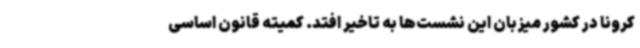
کرونا در کشور میزبان این نشست‌ها به تاخیر افتد. کمیته قانون اساسی